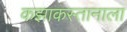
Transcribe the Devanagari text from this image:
कझाकस्तानाला